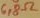
Text: 6,8Ω